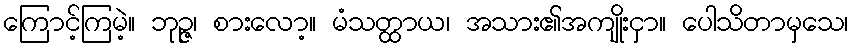
ကြောင့်ကြမဲ့။ ဘုဉ္ဇ၊ စားလော့။ မံသတ္ထာယ၊ အသား၏အကျိုးငှာ။ ပေါသိတာမှသေ၊